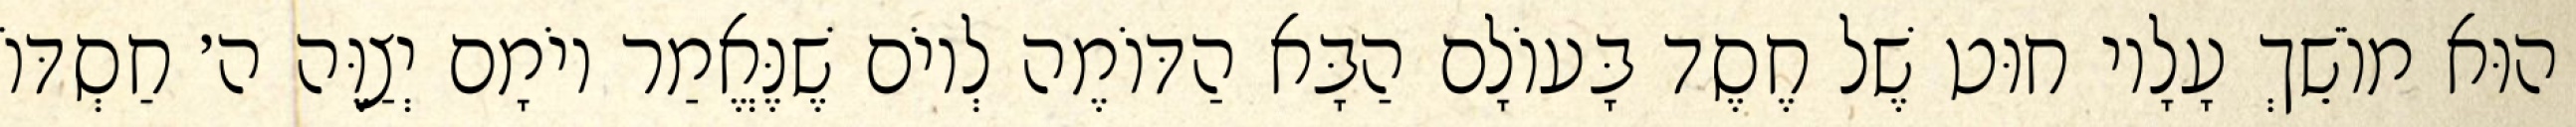
הוּא מוֹשֵׁךְ עָלָיו חוּט שֶׁל חֶסֶד בָּעוֹלָם הַבָּא הַדּוֹמֶה לְיוֹם שֶׁנֶּאֱמַר יוֹמָם יְצַוֶּה ה׳ חַסְדּוֹ